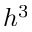
h ^ { 3 }